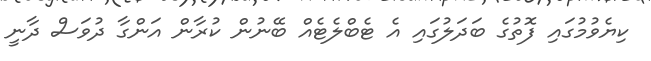
ކިޔެވުމުގައި ފޮތުގެ ބަދަލުގައި އެ ޓެބްލެޓެއް ބޭނުން ކުރާން އަންގާ ދުވަސް ދާނީ